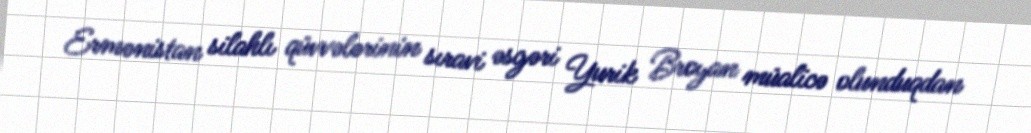
Ermənistan silahlı qüvvələrinin sıravi əsgəri Yurik Broyan müalicə olunduqdan